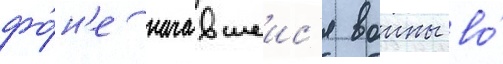
фо́н'е начавшеис'я воины во́